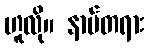
ဟူလို။ နာမ်တရား